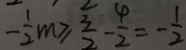
- \frac { 1 } { 2 } m \geq \frac { 3 } { 2 } - \frac { 4 } { 2 } = - \frac { 1 } { 2 }